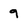
Character: 9